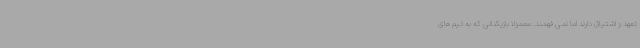
تعهد و اشتیاق دارند اما نمی فهمند. معمولا بازیکنانی که به تیم های